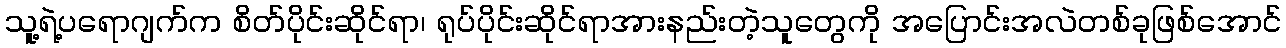
သူ့ရဲ့ပရောဂျက်က စိတ်ပိုင်းဆိုင်ရာ၊ ရုပ်ပိုင်းဆိုင်ရာအားနည်းတဲ့သူတွေကို အပြောင်းအလဲတစ်ခုဖြစ်အောင်